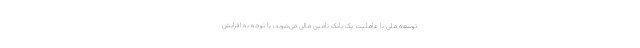
توسعه ملی با عاملیت یک بانک تامین مالی می‌شوند، با توجه به افزایش